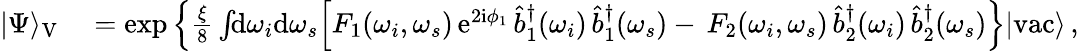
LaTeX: \begin{array}{rl}{|\Psi\rangle_{\mathrm{V}}}&{{}=\exp\Big\{ \frac{\xi}{8}\int\! \! \mathrm{d}\omega_{i}\mathrm{d}\omega_{s}\Big[F_{1}(\omega_{i},\omega_{s})\, \mathrm{e}^{2\mathrm{i}\phi_{1}}\, \hat{b}_{1}^{\dagger}(\omega_{i})\, \hat{b}_{1}^{\dagger}(\omega_{s})-\, F_{2}(\omega_{i},\omega_{s})\, \hat{b}_{2}^{\dagger}(\omega_{i})\, \hat{b}_{2}^{\dagger}(\omega_{s})\Big\} |\mathrm{vac}\rangle\, ,}\end{array}